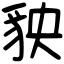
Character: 𧲱